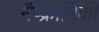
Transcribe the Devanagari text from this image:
नैष्क्रामिकी